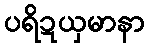
ပရိဍယှမာနာ